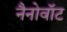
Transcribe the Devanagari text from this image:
नैनोवॉट